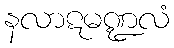
နလာဋမဏ္ဍလံ